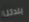
بلدتنا